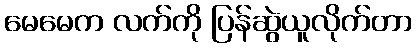
မေမေက လက်ကို ပြန်ဆွဲယူလိုက်တာ